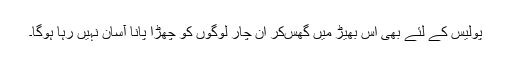
پولیس کے لئے بھی اس بھیڑ میں گھس‌کر ان چار لوگوں کو چھڑا پانا آسان نہیں رہا ہوگا۔